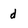
Character: d